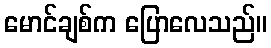
မောင်ချစ်က ပြောလေသည်။